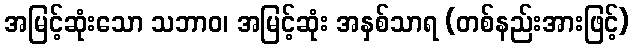
အမြင့်ဆုံးသော သဘာဝ၊ အမြင့်ဆုံး အနှစ်သာရ (တစ်နည်းအားဖြင့်)